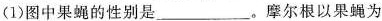
(1)图中果蝇的性别是___。摩尔根以果蝇为